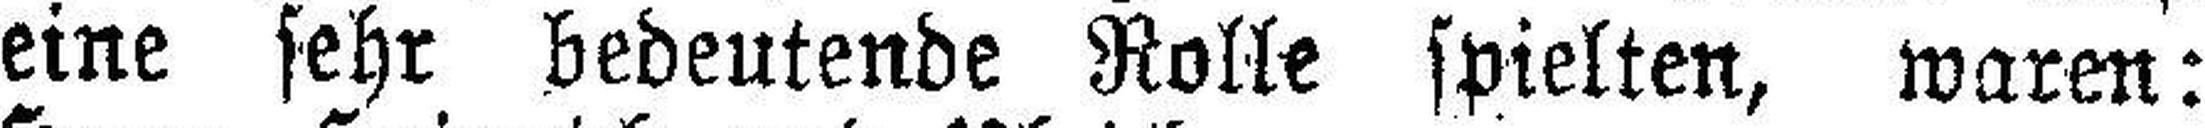
eine sehr bedeutende Rolle spielten, waren: